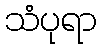
သံပုရာ